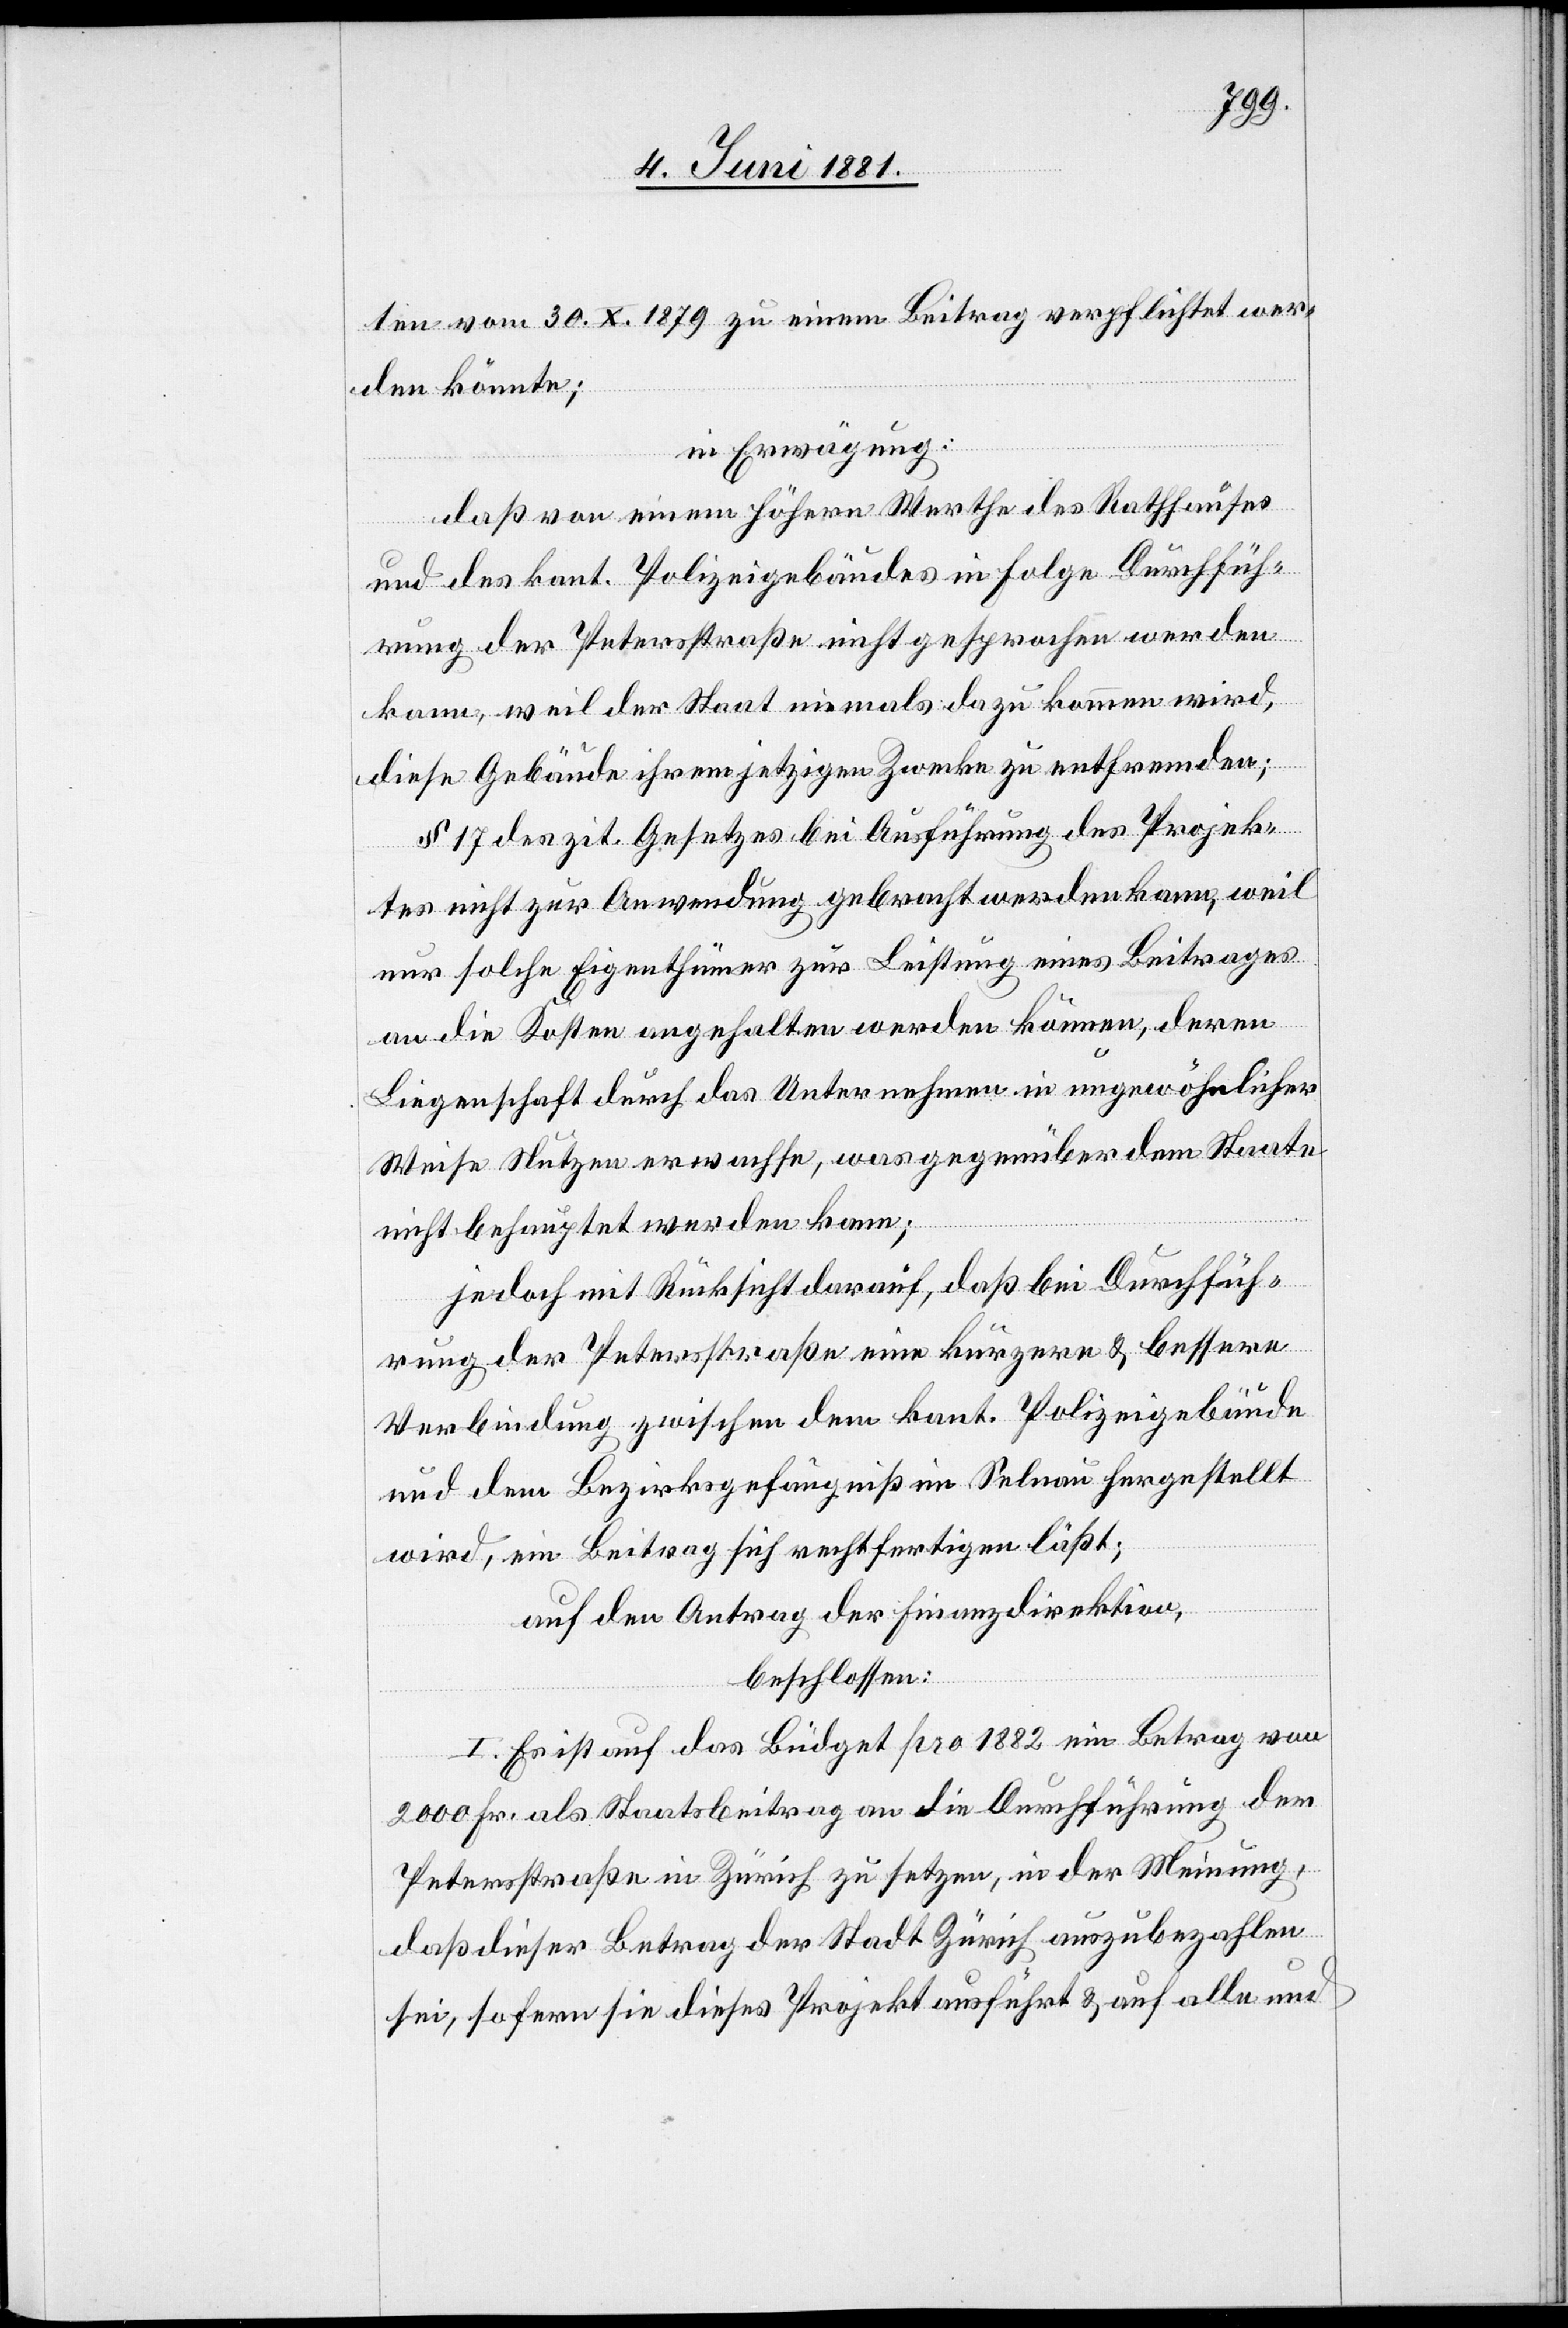
ten von 30. X. 1879 zu einem Beitrag verpflichtet wer¬
den könnte;
in Erwägung:
daß von einem höhern Werthe des Rathhauses
und des kant. Polizeigebäudes in Folge Durchfüh¬
rung der Petersstraße nicht gesprochen werden
kann, weil der Staat niemals dazu kommen wird,
diese Gebäude ihrem jetzigen Zwecke zu entfremden;
§ 17 des zit. Gesetzes bei Ausführung des Projek¬
tes nicht zur Anwendung gebracht werden kann, weil
nur solche Eigenthümer zur Leistung eines Beitrages
an die Kosten angehalten werden können, deren
Liegenschaft durch das Unternehmen in ungewöhnlicher
Weise Nutzen erwachte, was gegenüber dem Staate
nicht behauptet werden kann;
jedoch mit Rücksichten darauf, daß bei Durchfüh¬
rung der Petersstraße eine kürzere & bessere
Verbindung zwischen dem kant. Polizeigebäude
und dem Bezirksgefängniß im Selnau hergestellt
wird, ein Beitrag sich rechtfertigen läßt;
auf den Antrag der Finanzdirektion,
beschlossen:
I. Es ist auf das Büdget pro 1882 ein Beitrag von
2000 Fr. als Staatsbeitrag an die Durchführung der
Petersstraße in Zürich zu setzten, in der Meinung,
daß dieser Betrag der Stadt Zürich auszubezahlen
sei, sofern sie dieses Projekt ausführt & auf alle und